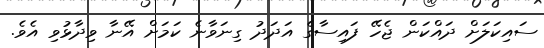
ސައިކަލަށް ދައްކަން ޖެހޭ ފައިސާގެ އަދަދު ގިނަވާނެ ކަމަށް އޭނާ ވިދާޅުވި އެވެ.